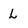
Character: L